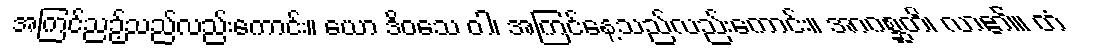
အကြင်ညဉ့်သည်လည်းကောင်း။ ယော ဒိဝသေ ဝါ၊ အကြင်နေ့သည်လည်းကောင်း။ အာဂစ္ဆတိ၊ လာ၏။ တံ